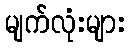
မျက်လုံးများ